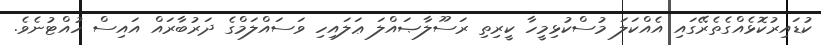
ކުޑައިރުކޮޅެއްގެތެރޭގައި އެއްކަލަ މުސްކުޅިމީހާ ކީރިތި ރަސޫލާޞައްލަ ޢަލައިހި ވަސައްލަމްގެ ދަރުބާރައް އައިސް ހުއްޓުނެވެ.